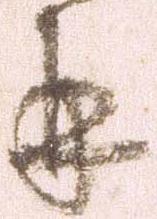
并